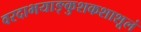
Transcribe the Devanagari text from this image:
वरदाभयाङ्कुशकशाशूलं